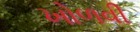
ખોળવી